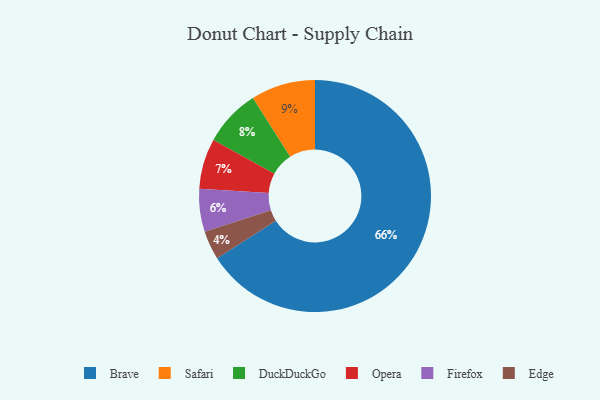
{"axis": {"x": "Category", "y": "Percentage"}, "legend": ["Brave", "DuckDuckGo", "Edge", "Firefox", "Opera", "Safari"], "data": [{"x": "DuckDuckGo", "y": 8, "type": "DuckDuckGo"}, {"x": "Safari", "y": 9, "type": "Safari"}, {"x": "Brave", "y": 66, "type": "Brave"}, {"x": "Opera", "y": 7, "type": "Opera"}, {"x": "Edge", "y": 4, "type": "Edge"}, {"x": "Firefox", "y": 6, "type": "Firefox"}]}